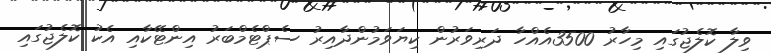
ވިލާ ކޮލެޖުގައި މިހާރު 3500އެއްހާ ދަރިވަރުން ކިޔަވަމުންދާއިރު ސެޕްޓެމްބަރު އިންޓޭކާއި އެކު ކޮލެޖުގައި